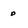
Character: p